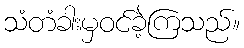
သံတံခါးမှဝင်ခဲ့ကြသည်။